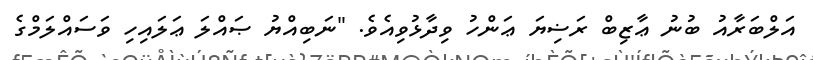
އަލްބަރާއު ބުނު ޢާޒިބް ރަޟިޔަ ޢަންހު ވިދާޅުވިއެވެ. "ނަބިއްޔު ޞައްލަ ޢަލައިހި ވަސައްލަމްގެ